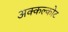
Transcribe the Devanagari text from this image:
अक्कल्कोट